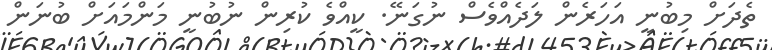
ތެދަށް މިބުނީ އަހަރެން ލަދެއްވެސް ނުގަނޭ. ކީއްވެ ކުރިން ނުބުނީ މަންމައަށް ބުނަން